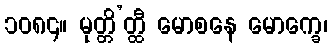
၁၀၈၄။ မုတ္တိ’တ္ထီ မောစနေ မောက္ခေ၊